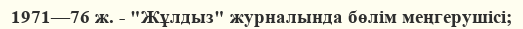
1971—76 ж. - "Жұлдыз" журналында бөлім меңгерушісі;